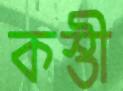
কস্তী